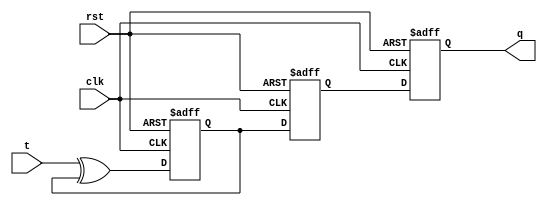
module t_ff (
    input t,
    input clk,
    input rst,
    output reg q
);

reg master_q;
reg slave_q;

always @ (posedge clk or posedge rst) begin
    if (rst) begin
        master_q <= 1'b0;
        slave_q <= 1'b0;
    end else begin
        master_q <= t ^ master_q;
        slave_q <= master_q;
    end
end

always @ (posedge clk or posedge rst) begin
    if (rst) begin
        q <= 1'b0;
    end else begin
        q <= slave_q;
    end
end

endmodule